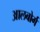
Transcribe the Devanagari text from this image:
आलबोर्ग